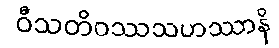
ဝီသတိဝဿသဟဿာနိ